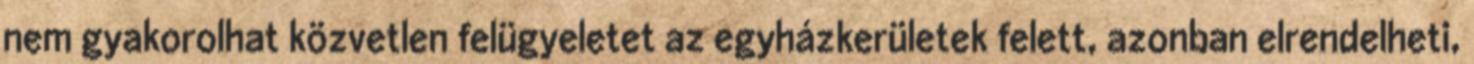
nem gyakorolhat közvetlen felügyeletet az egyházkerületek felett, azonban elrendelheti,